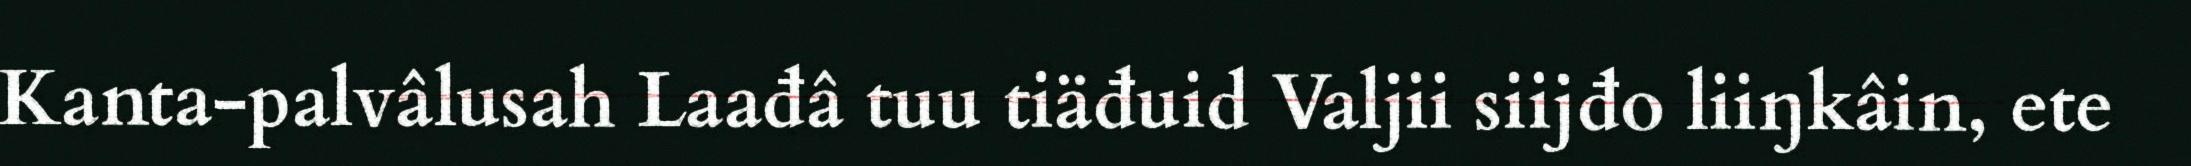
Kanta-palvâlusah Laađâ tuu tiäđuid Valjii siijđo liiŋkâin, ete